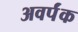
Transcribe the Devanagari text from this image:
अवर्पंक